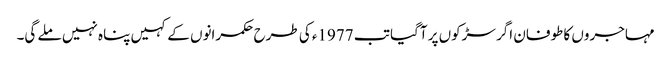
مہاجروں کا طوفان اگر سڑکوں پر آگیا تب 1977ء کی طرح حکمرانوں کے کہیں پناہ نہیں ملے گی۔